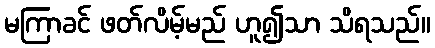
မကြာခင် ဖတ်လိမ့်မည် ဟူ၍သာ သိရသည်။